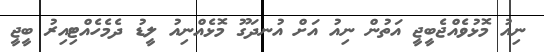
ނިއު މޮޅުވެއްޖެބީޖީ އަތުން ނިއު އަށް އުނދަގޫ މޮޅެއްނިއު ލީޑު ދެމެހެއްޓިއިރު ބީޖީ